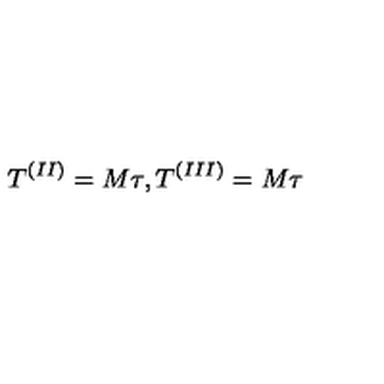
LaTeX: T ^ { ( I I ) } = M \tau , T ^ { ( I I I ) } = M \tau